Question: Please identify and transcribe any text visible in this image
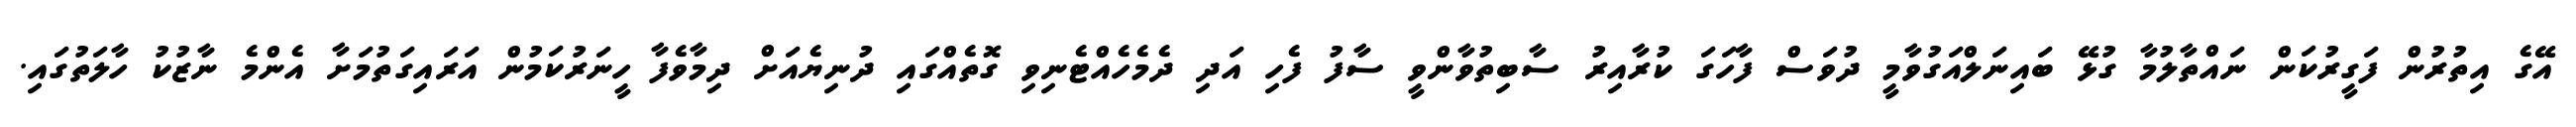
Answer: އޭގެ އިތުރުން ފަގީރުކަން ނައްތާލުމާ ގުޅޭ ބައިނަލްއަގުވާމީ ދުވަސް ފާހަގަ ކުރާއިރު ސާބިތުވާންވީ ސާފު ފެހި އަދި ދެމެހެއްޓެނިވި ގޮތެއްގައި ދުނިޔެއަށް ދިމާވެފާ ހީނަރުކަމުން އަރައިގަތުމަށާ އެންމެ ނާޒުކު ހާލަތުގައި.